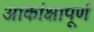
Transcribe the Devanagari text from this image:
आकांक्षापूर्ण